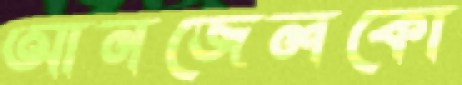
আনজেলকো